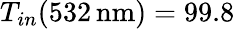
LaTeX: T_{in}(532\, \mathrm{nm})=99.8\, \